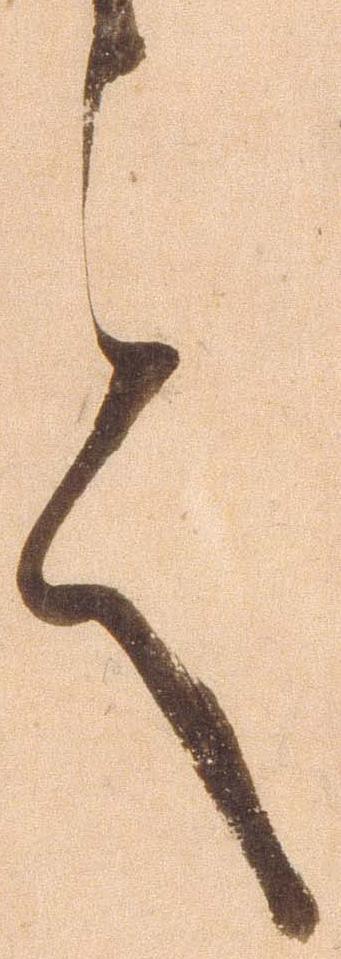
言